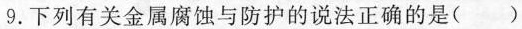
9.下列有关金属腐蚀与防护的说法正确的是()